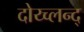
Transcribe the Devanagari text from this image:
दोय्च्लन्द्